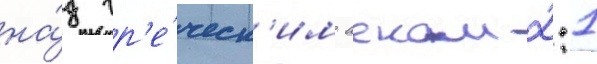
на́д гр'е́ческ'им аеком 2:1